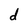
Character: d